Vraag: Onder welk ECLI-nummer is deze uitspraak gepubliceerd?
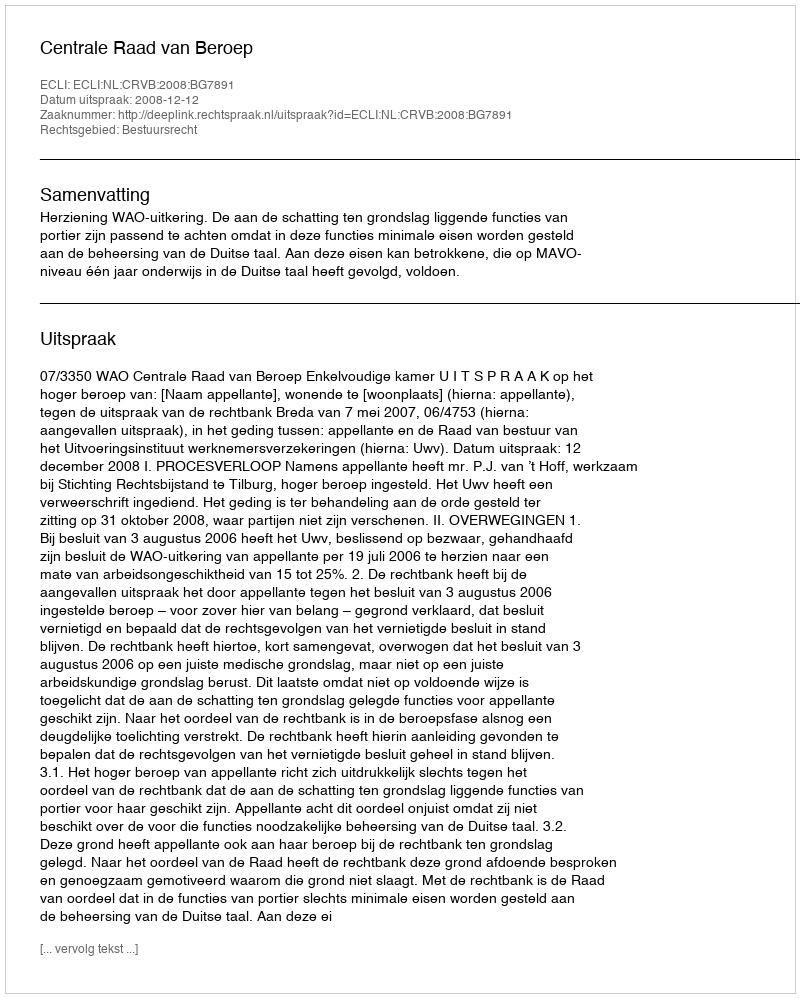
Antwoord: ECLI:NL:CRVB:2008:BG7891